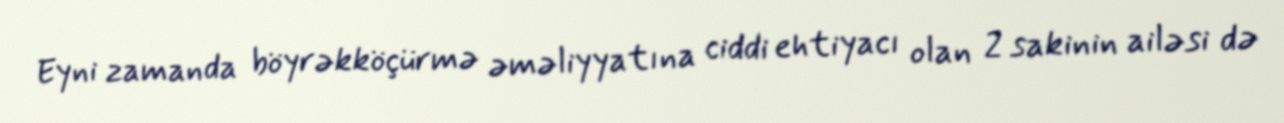
Eyni zamanda böyrəkköçürmə əməliyyatına ciddi ehtiyacı olan 2 sakinin ailəsi də